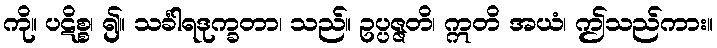
ကို။ ပဋိစ္စ၊ ၍။ သင်္ခါရဒုက္ခတာ၊ သည်။ ဥပ္ပဇ္ဇတိ၊ ဣတိ အယံ၊ ဤသည်ကား။